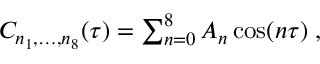
\begin{array} { r } { C _ { n _ { 1 } , \ldots , n _ { 8 } } ( \tau ) = \sum _ { n = 0 } ^ { 8 } A _ { n } \cos ( n \tau ) \; , } \end{array}